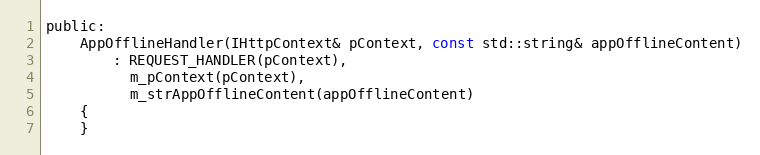
Language: C
public:
    AppOfflineHandler(IHttpContext& pContext, const std::string& appOfflineContent)
        : REQUEST_HANDLER(pContext),
          m_pContext(pContext),
          m_strAppOfflineContent(appOfflineContent)
    {
    }